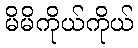
မိမိကိုယ်ကိုယ်